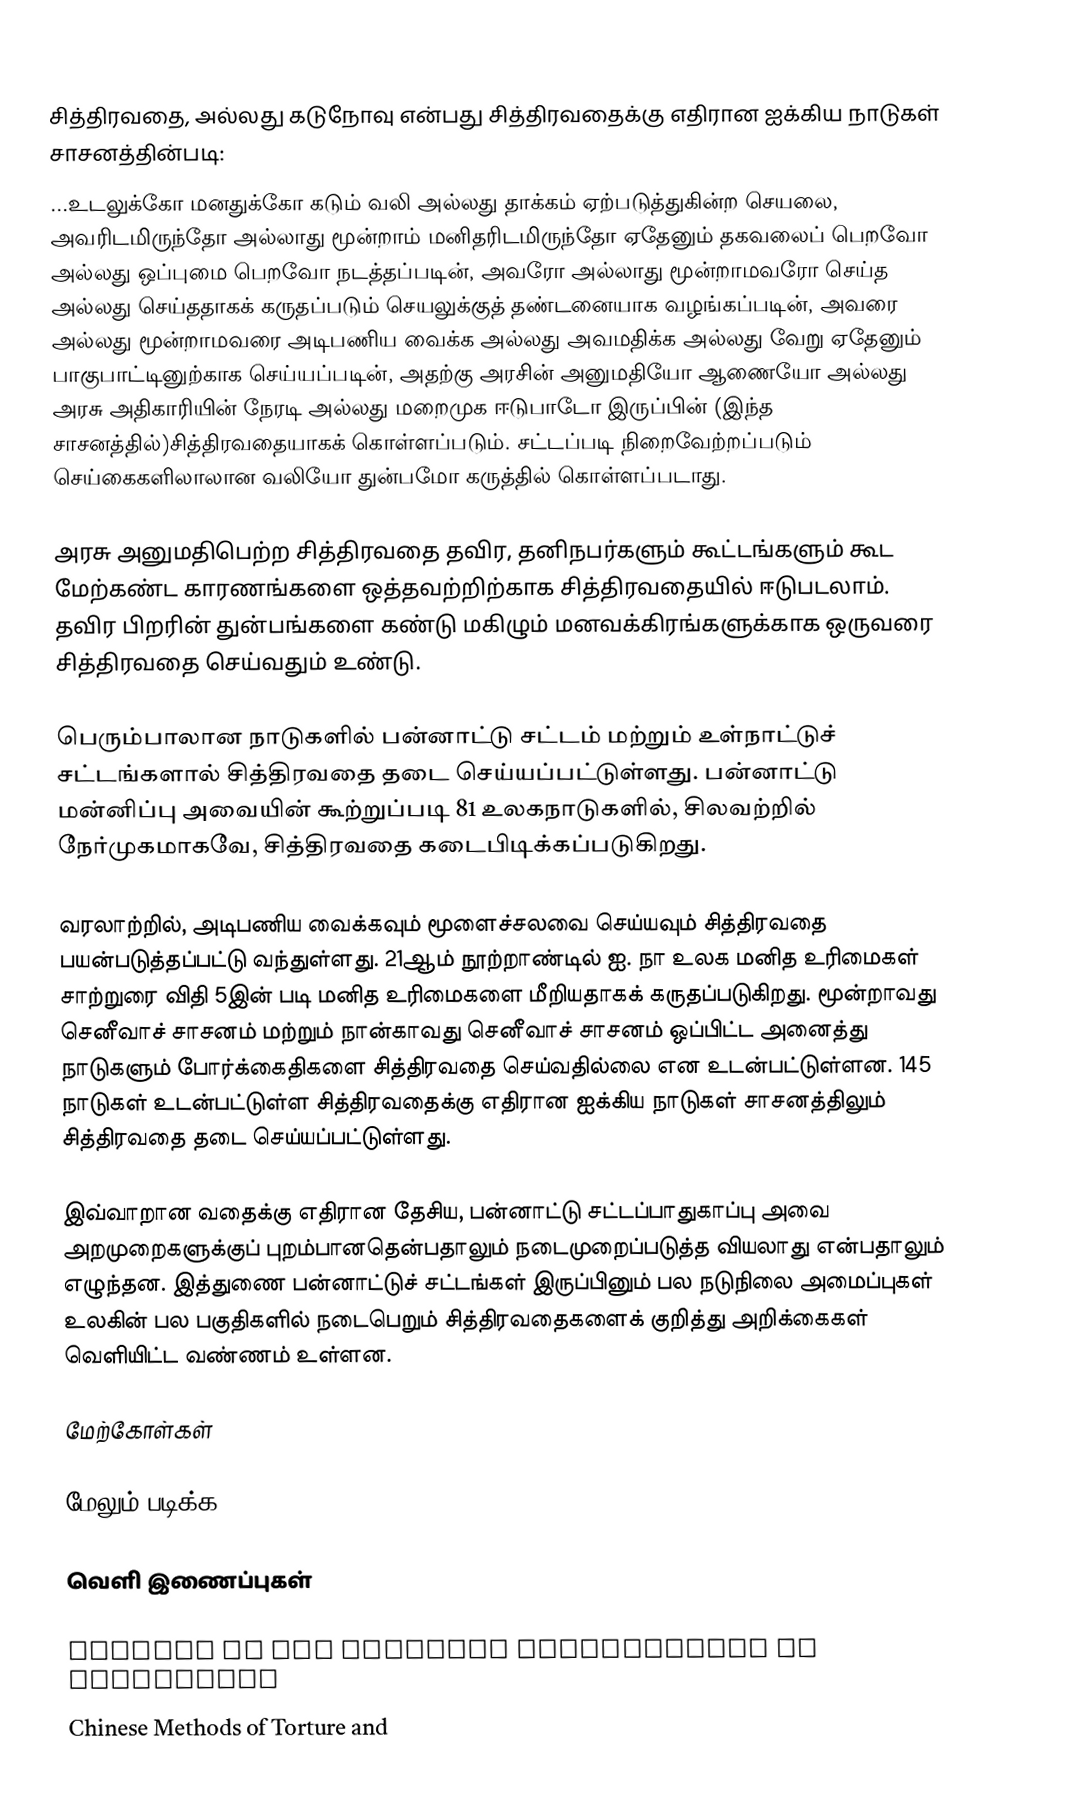
சித்திரவதை, அல்லது கடுநோவு என்பது சித்திரவதைக்கு எதிரான ஐக்கிய நாடுகள் சாசனத்தின்படி:
...உடலுக்கோ மனதுக்கோ கடும் வலி அல்லது தாக்கம் ஏற்படுத்துகின்ற செயலை, அவரிடமிருந்தோ அல்லாது மூன்றாம் மனிதரிடமிருந்தோ ஏதேனும் தகவலைப் பெறவோ அல்லது ஒப்புமை பெறவோ நடத்தப்படின், அவரோ அல்லாது மூன்றாமவரோ செய்த அல்லது செய்ததாகக் கருதப்படும் செயலுக்குத் தண்டனையாக வழங்கப்படின், அவரை அல்லது மூன்றாமவரை அடிபணிய வைக்க அல்லது அவமதிக்க அல்லது வேறு ஏதேனும் பாகுபாட்டினுற்காக செய்யப்படின், அதற்கு அரசின் அனுமதியோ ஆணையோ அல்லது அரசு அதிகாரியின் நேரடி அல்லது மறைமுக ஈடுபாடோ இருப்பின் (இந்த சாசனத்தில்)சித்திரவதையாகக் கொள்ளப்படும். சட்டப்படி நிறைவேற்றப்படும் செய்கைகளிலாலான வலியோ துன்பமோ கருத்தில் கொள்ளப்படாது.

அரசு அனுமதிபெற்ற சித்திரவதை தவிர, தனிநபர்களும் கூட்டங்களும் கூட மேற்கண்ட காரணங்களை ஒத்தவற்றிற்காக சித்திரவதையில் ஈடுபடலாம். தவிர பிறரின் துன்பங்களை கண்டு மகிழும் மனவக்கிரங்களுக்காக ஒருவரை சித்திரவதை செய்வதும் உண்டு.

பெரும்பாலான நாடுகளில் பன்னாட்டு சட்டம் மற்றும் உள்நாட்டுச் சட்டங்களால் சித்திரவதை தடை செய்யப்பட்டுள்ளது. பன்னாட்டு மன்னிப்பு அவையின் கூற்றுப்படி 81 உலகநாடுகளில், சிலவற்றில் நேர்முகமாகவே, சித்திரவதை கடைபிடிக்கப்படுகிறது.

வரலாற்றில், அடிபணிய வைக்கவும் மூளைச்சலவை செய்யவும் சித்திரவதை பயன்படுத்தப்பட்டு வந்துள்ளது. 21ஆம் நூற்றாண்டில் ஐ. நா உலக மனித உரிமைகள் சாற்றுரை விதி 5இன் படி மனித உரிமைகளை மீறியதாகக் கருதப்படுகிறது. மூன்றாவது செனீவாச் சாசனம் மற்றும் நான்காவது செனீவாச் சாசனம் ஒப்பிட்ட அனைத்து நாடுகளும்  போர்க்கைதிகளை சித்திரவதை செய்வதில்லை என உடன்பட்டுள்ளன. 145 நாடுகள் உடன்பட்டுள்ள சித்திரவதைக்கு எதிரான ஐக்கிய நாடுகள் சாசனத்திலும் சித்திரவதை தடை செய்யப்பட்டுள்ளது.

இவ்வாறான வதைக்கு எதிரான தேசிய, பன்னாட்டு சட்டப்பாதுகாப்பு  அவை அறமுறைகளுக்குப் புறம்பானதென்பதாலும் நடைமுறைப்படுத்த வியலாது என்பதாலும் எழுந்தன.  இத்துணை பன்னாட்டுச் சட்டங்கள் இருப்பினும் பல நடுநிலை அமைப்புகள் உலகின் பல பகுதிகளில் நடைபெறும் சித்திரவதைகளைக் குறித்து அறிக்கைகள் வெளியிட்ட வண்ணம் உள்ளன.

மேற்கோள்கள்

மேலும் படிக்க

வெளி இணைப்புகள்

  Torture at the Stanford Encyclopedia of Philosophy
  Chinese Methods of Torture and